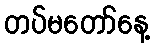
တပ်မတော်နေ့